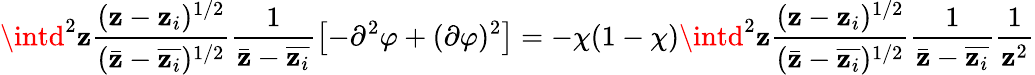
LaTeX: \intd^{2}\mathbf{z}\frac{{(\mathbf{z}-\mathbf{z}_{i})^{1/2}}}{{(\bar{{\mathbf{z}}}-\overline{{{\mathbf{z}_{i}}}})^{1/2}}}\frac{{1}}{{\bar{{\mathbf{z}}}-\overline{{{\mathbf{z}_{i}}}}}}\left[-\partial^{2}\varphi+(\partial\varphi)^{2}\right]=-\chi(1-\chi)\intd^{2}\mathbf{z}\frac{{(\mathbf{z}-\mathbf{z}_{i})^{1/2}}}{{(\bar{{\mathbf{z}}}-\overline{{{\mathbf{z}_{i}}}})^{1/2}}}\frac{{1}}{{\bar{{\mathbf{z}}}-\overline{{{\mathbf{z}_{i}}}}}}\frac{{1}}{{\mathbf{z}^{2}}}